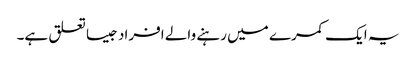
یہ ایک کمرے میں رہنے والے افراد جیسا تعلق ہے۔